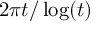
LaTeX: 2 { \pi } t / \log ( t )